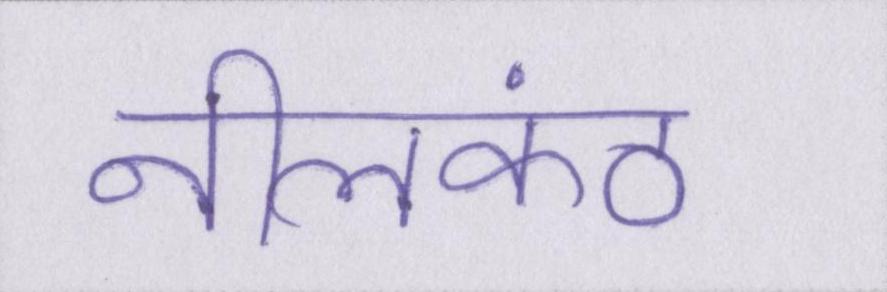
नीलकंठ